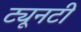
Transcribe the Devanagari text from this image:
ट्यूनटी